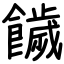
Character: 饖